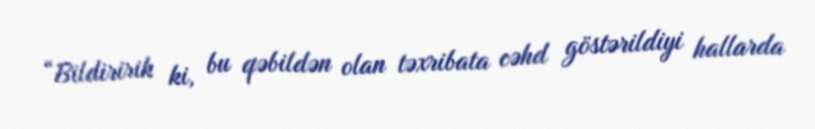
“Bildiririk ki, bu qəbildən olan təxribata cəhd göstərildiyi hallarda